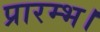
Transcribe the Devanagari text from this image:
प्रारम्‍भ।